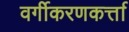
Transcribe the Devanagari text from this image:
वर्गीकरणकर्त्ता